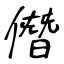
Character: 僭